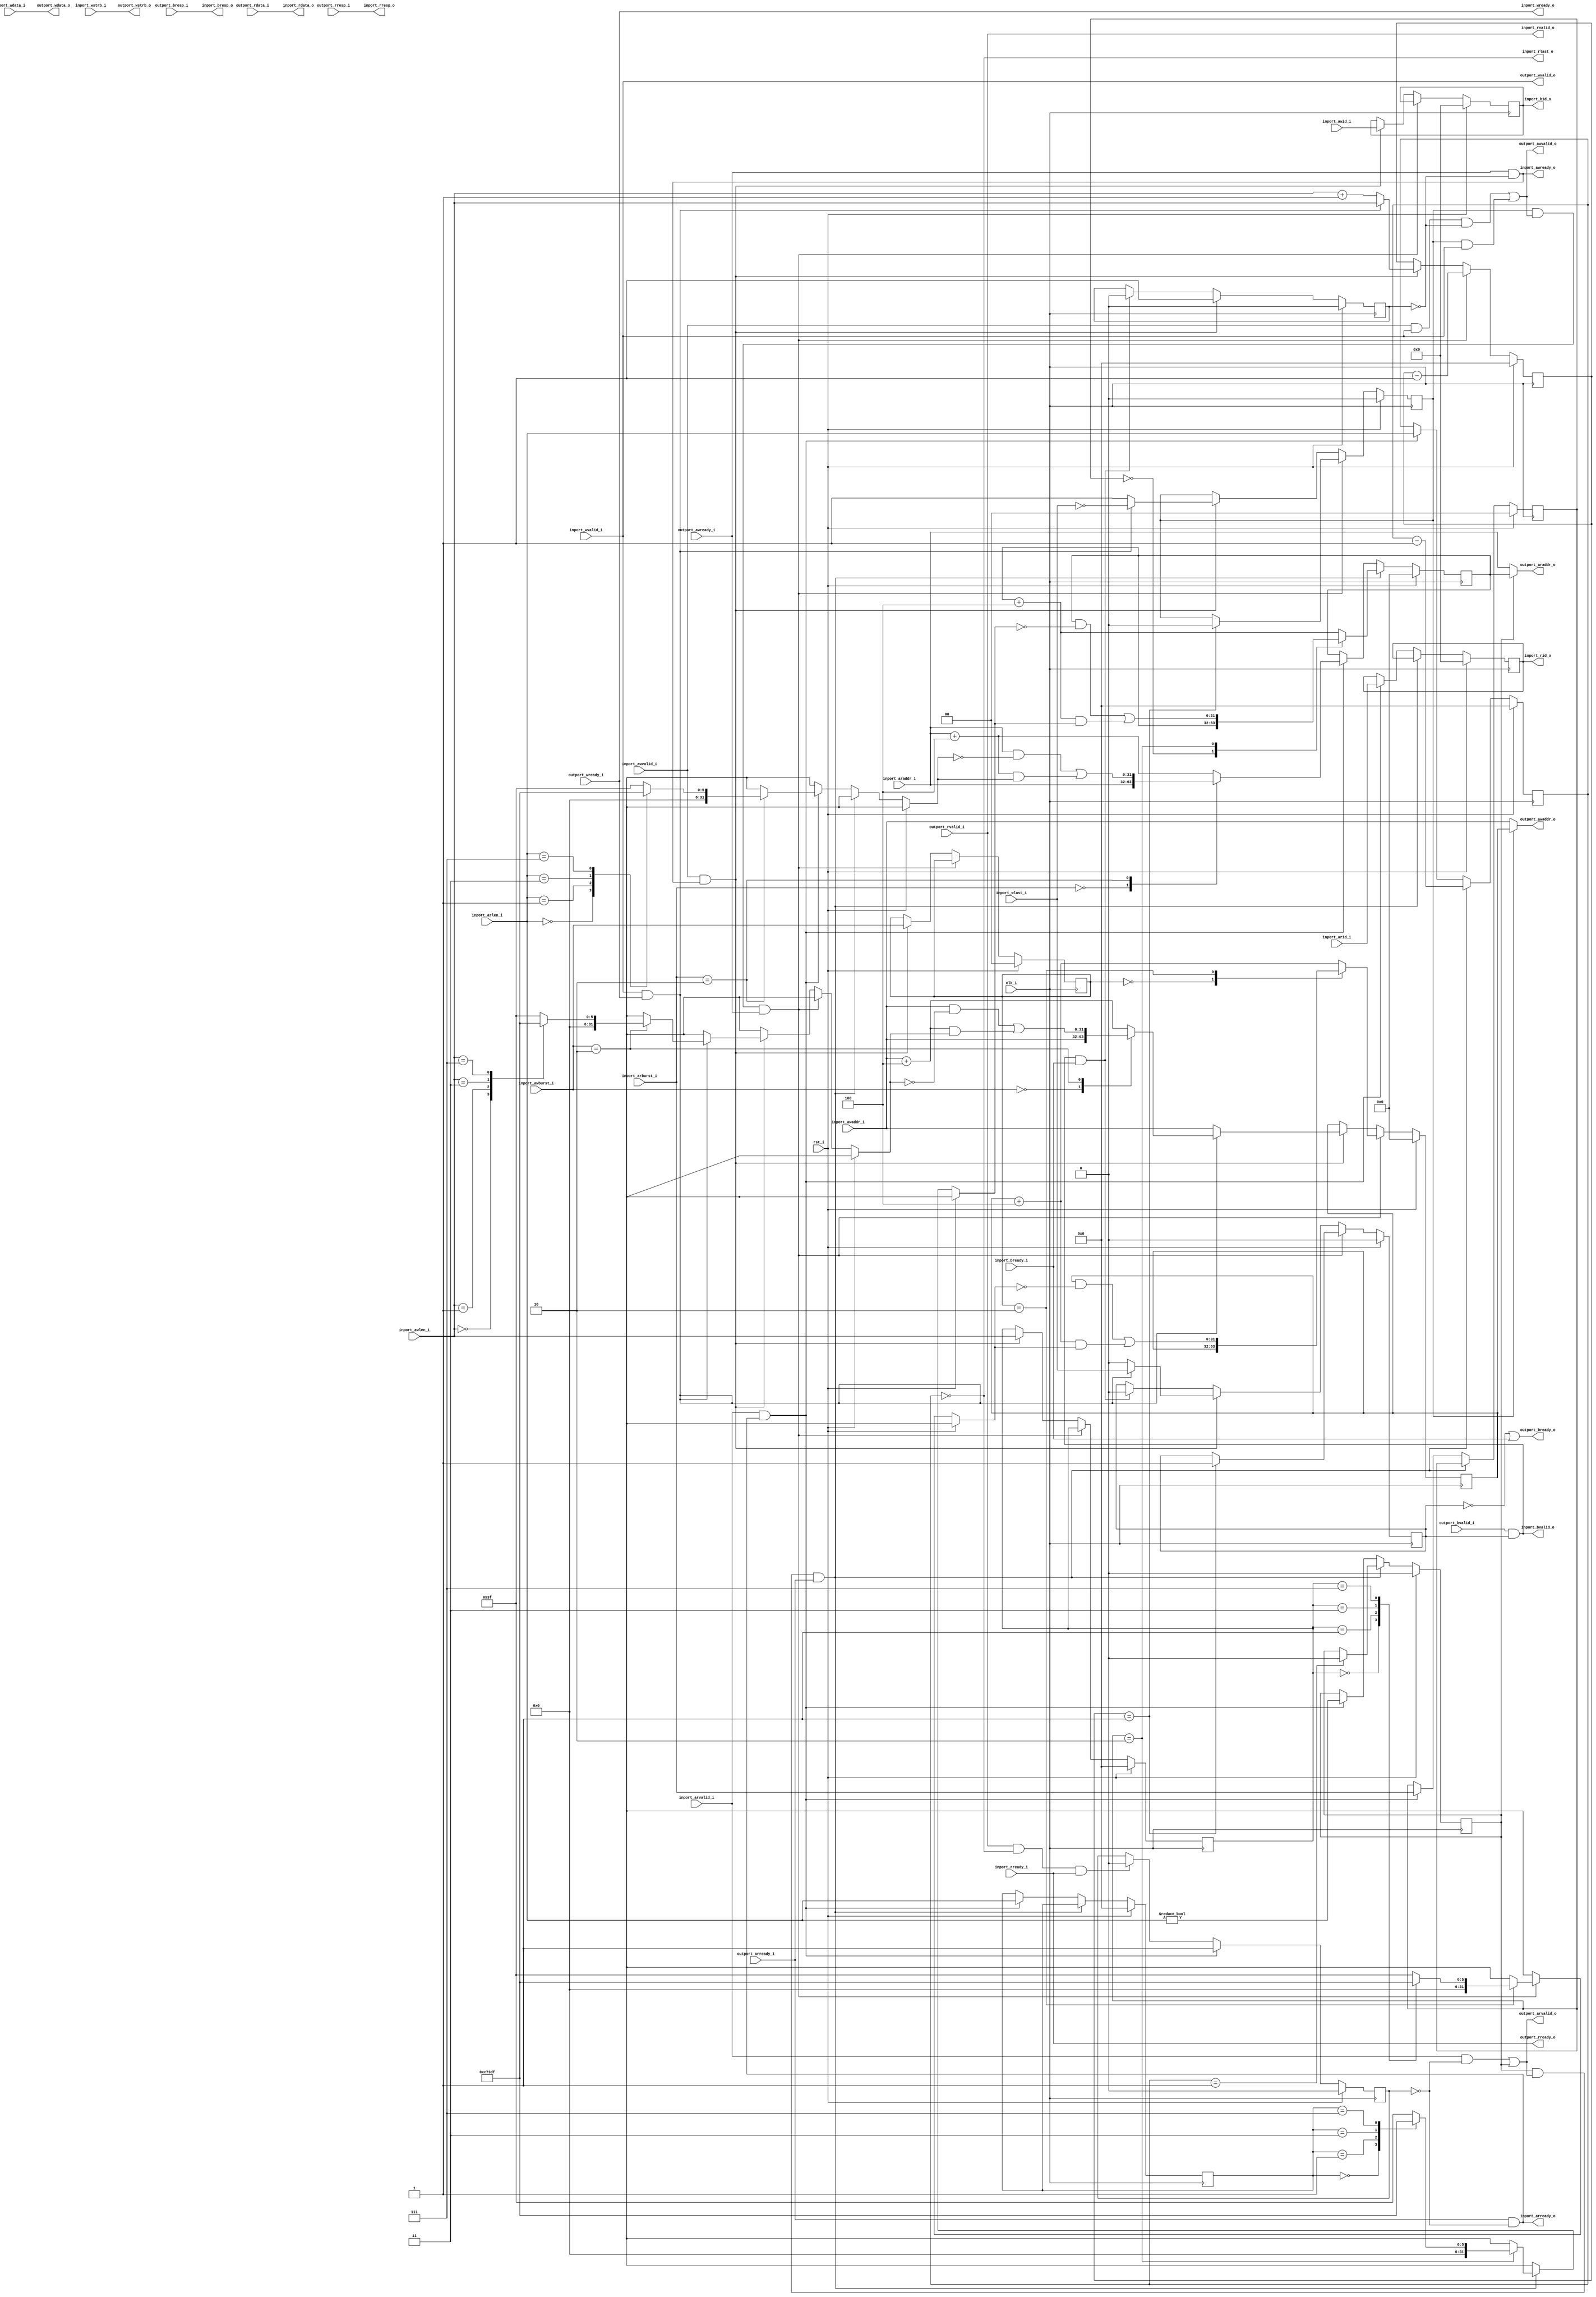
//-----------------------------------------------------------------
//                        FPGA Test Soc
//                           V0.1
//                     Ultra-Embedded.com
//                       Copyright 2019
//
//
//                         License: GPL
// If you would like a version with a more permissive license for
// use in closed source commercial applications please contact me
// for details.
//-----------------------------------------------------------------
//
// This file is open source HDL; you can redistribute it and/or 
// modify it under the terms of the GNU General Public License as 
// published by the Free Software Foundation; either version 2 of 
// the License, or (at your option) any later version.
//
// This file is distributed in the hope that it will be useful,
// but WITHOUT ANY WARRANTY; without even the implied warranty of
// MERCHANTABILITY or FITNESS FOR A PARTICULAR PURPOSE.  See the
// GNU General Public License for more details.
//
// You should have received a copy of the GNU General Public 
// License along with this file; if not, write to the Free Software
// Foundation, Inc., 59 Temple Place, Suite 330, Boston, MA 02111-1307
// USA
//-----------------------------------------------------------------

//-----------------------------------------------------------------
//                          Generated File
//-----------------------------------------------------------------

module axi4_axi4lite_conv
(
    // Inputs
     input           clk_i
    ,input           rst_i
    ,input           inport_awvalid_i
    ,input  [ 31:0]  inport_awaddr_i
    ,input  [  3:0]  inport_awid_i
    ,input  [  7:0]  inport_awlen_i
    ,input  [  1:0]  inport_awburst_i
    ,input           inport_wvalid_i
    ,input  [ 31:0]  inport_wdata_i
    ,input  [  3:0]  inport_wstrb_i
    ,input           inport_wlast_i
    ,input           inport_bready_i
    ,input           inport_arvalid_i
    ,input  [ 31:0]  inport_araddr_i
    ,input  [  3:0]  inport_arid_i
    ,input  [  7:0]  inport_arlen_i
    ,input  [  1:0]  inport_arburst_i
    ,input           inport_rready_i
    ,input           outport_awready_i
    ,input           outport_wready_i
    ,input           outport_bvalid_i
    ,input  [  1:0]  outport_bresp_i
    ,input           outport_arready_i
    ,input           outport_rvalid_i
    ,input  [ 31:0]  outport_rdata_i
    ,input  [  1:0]  outport_rresp_i

    // Outputs
    ,output          inport_awready_o
    ,output          inport_wready_o
    ,output          inport_bvalid_o
    ,output [  1:0]  inport_bresp_o
    ,output [  3:0]  inport_bid_o
    ,output          inport_arready_o
    ,output          inport_rvalid_o
    ,output [ 31:0]  inport_rdata_o
    ,output [  1:0]  inport_rresp_o
    ,output [  3:0]  inport_rid_o
    ,output          inport_rlast_o
    ,output          outport_awvalid_o
    ,output [ 31:0]  outport_awaddr_o
    ,output          outport_wvalid_o
    ,output [ 31:0]  outport_wdata_o
    ,output [  3:0]  outport_wstrb_o
    ,output          outport_bready_o
    ,output          outport_arvalid_o
    ,output [ 31:0]  outport_araddr_o
    ,output          outport_rready_o
);



//-----------------------------------------------------------------
// calculate_addr_next: AXI address calculation logic
//-----------------------------------------------------------------
function [31:0] calculate_addr_next;
    input  [31:0] addr;
    input  [1:0]  axtype;
    input  [7:0]  axlen;
    reg    [31:0] mask;
begin

    case (axtype)
    2'd0: // AXI4_BURST_FIXED
    begin
        calculate_addr_next = addr;
    end
    2'd2: // AXI4_BURST_WRAP
    begin
        case (axlen)
        8'd0:    mask = 32'h03;
        8'd1:    mask = 32'h07;
        8'd3:    mask = 32'h0F;
        8'd7:    mask = 32'h1F;
        8'd15:   mask = 32'h3F;
        default: mask = 32'h3F;
        endcase

        calculate_addr_next = (addr & ~mask) | ((addr + 32'd4) & mask);
    end
    default: // AXI4_BURST_INCR
        calculate_addr_next = addr + 32'd4;
    endcase
end
endfunction

//-----------------------------------------------------------------
// AXI logic
//-----------------------------------------------------------------
reg awvalid_mask_q;
reg wvalid_mask_q;
reg arvalid_mask_q;

reg awvalid_mask_r;
reg wvalid_mask_r;
reg arvalid_mask_r;
always @ *
begin
    awvalid_mask_r = awvalid_mask_q;
    wvalid_mask_r  = wvalid_mask_q;
    arvalid_mask_r = arvalid_mask_q;

    // (last) Write response provided to input port
    if (inport_bvalid_o && inport_bready_i)
    begin
        awvalid_mask_r = 1'b0;
        wvalid_mask_r  = 1'b0;
    end

    // Write address accept
    if (inport_awvalid_i && inport_awready_o)
        awvalid_mask_r = 1'b1;

    // Write data accept
    if (inport_wvalid_i && inport_wready_o)
        wvalid_mask_r = 1'b1;

    // (last) Read response provided to input port
    if (inport_rvalid_o && inport_rlast_o && inport_rready_i)
        arvalid_mask_r = 1'b0;

    // Read address accept
    if (inport_arvalid_i && inport_arready_o)
        arvalid_mask_r = 1'b1;
end

always @ (posedge clk_i )
if (rst_i)
begin
    awvalid_mask_q <= 1'b0;
    wvalid_mask_q  <= 1'b0;
    arvalid_mask_q <= 1'b0;
end
else
begin
    awvalid_mask_q <= awvalid_mask_r;
    wvalid_mask_q  <= wvalid_mask_r;
    arvalid_mask_q <= arvalid_mask_r;
end

reg        arvalid_q;
reg [31:0] araddr_q;
reg [7:0]  arcnt_q;
reg [3:0]  arid_q;
reg [7:0]  arlen_q;
reg [1:0]  arburst_q;

always @ (posedge clk_i )
if (rst_i)
begin
    arcnt_q    <= 8'b0;
    araddr_q   <= 32'd0;
    arvalid_q  <= 1'b0;
    arid_q     <= 4'b0;
    arlen_q    <= 8'b0;
    arburst_q  <= 2'b0;
end
else 
begin
    // AXI4-L request accept (or burst continuation)
    if (arvalid_q && outport_arvalid_o && outport_arready_i)
    begin
        araddr_q   <= calculate_addr_next(araddr_q, arburst_q, arlen_q);

        // Last tick in the burst
        if (arcnt_q == 8'd1)
            arvalid_q <= 1'b0;
            
        arcnt_q <= arcnt_q - 8'd1; 
    end
    // Read command accepted
    else if (inport_arvalid_i && inport_arready_o)
    begin
        arvalid_q  <= (inport_arlen_i != 8'b0);
        arcnt_q    <= inport_arlen_i;
        arlen_q    <= inport_arlen_i;
        arburst_q  <= inport_arburst_i;
        araddr_q   <= calculate_addr_next(inport_araddr_i, inport_arburst_i, inport_arlen_i);
        arid_q     <= inport_arid_i;
    end
end

reg        awvalid_q;
reg [31:0] awaddr_q;
reg [7:0]  awcnt_q;
reg [3:0]  awid_q;
reg [7:0]  awlen_q;
reg [1:0]  awburst_q;
reg        blast_q;

always @ (posedge clk_i )
if (rst_i)
begin
    awcnt_q    <= 8'b0;
    awaddr_q   <= 32'd0;
    awvalid_q  <= 1'b0;
    awid_q     <= 4'b0;
    awlen_q    <= 8'b0;
    awburst_q  <= 2'b0;
    blast_q    <= 1'b0;
end
else
begin
    // AXI4-L request accept (or burst continuation)
    // NOTE: This won't be presented until write data ready...
    if (awvalid_q && outport_awvalid_o && outport_awready_i)
    begin
        awaddr_q   <= calculate_addr_next(awaddr_q, awburst_q, awlen_q);

        // Last tick in the burst
        if (awcnt_q == 8'd1)
        begin
            awvalid_q <= 1'b0;
            blast_q   <= 1'b1;
        end
            
        awcnt_q <= awcnt_q - 8'd1; 
    end
    // Write command accepted
    else if (inport_awvalid_i && inport_awready_o)
    begin
        awid_q   <= inport_awid_i;

        // Data ready?
        if (inport_wvalid_i && inport_wready_o)
        begin
            awvalid_q  <= !inport_wlast_i;
            awcnt_q    <= inport_awlen_i;
            awaddr_q   <= calculate_addr_next(inport_awaddr_i, inport_awburst_i, inport_awlen_i);
            awlen_q    <= inport_awlen_i;
            awburst_q  <= inport_awburst_i;
            blast_q    <= inport_wlast_i;
        end
        // Data not ready
        else
        begin
            awvalid_q  <= 1'b1;
            awcnt_q    <= inport_awlen_i + 8'd1;
            awaddr_q   <= inport_awaddr_i;
            awlen_q    <= inport_awlen_i;
            awburst_q  <= inport_awburst_i;
            blast_q    <= 1'b0;
        end
    end
    // Reset last write response when accepted by input
    else if (inport_bvalid_o && inport_bready_i)
        blast_q <= 1'b0;
end

// NOTE: This IP expects AWREADY and WREADY to follow each other....
always @ (posedge clk_i )
if (rst_i)
begin
end
else if (outport_awvalid_o || outport_wvalid_o)
begin
    if (outport_awready_i != outport_wready_i)
    begin
        $display("ERROR: Unexpected flow control signals...");
    end
end

// Output port
assign outport_awvalid_o  = (inport_awvalid_i & inport_wvalid_i & !awvalid_mask_q) | (awvalid_q & inport_wvalid_i);
assign outport_awaddr_o   = awvalid_q ? awaddr_q : inport_awaddr_i;
assign outport_wvalid_o   = inport_wvalid_i;
assign outport_wdata_o    = inport_wdata_i;
assign outport_wstrb_o    = inport_wstrb_i;

assign outport_arvalid_o  = (inport_arvalid_i & !arvalid_mask_q) | arvalid_q;
assign outport_araddr_o   = arvalid_q ? araddr_q : inport_araddr_i;
assign outport_rready_o   = inport_rready_i;

assign inport_rvalid_o    = outport_rvalid_i;
assign inport_rdata_o     = outport_rdata_i;
assign inport_rid_o       = arid_q;
assign inport_rlast_o     = (arcnt_q == 8'd0);
assign inport_rresp_o     = outport_rresp_i;

assign inport_bvalid_o    = outport_bvalid_i & blast_q;
assign inport_bresp_o     = outport_bresp_i;
assign inport_bid_o       = awid_q;

assign outport_rready_o   = inport_rready_i;
assign outport_bready_o   = !blast_q || inport_bready_i;

// Handshaking
assign inport_awready_o = (outport_awready_i & !awvalid_mask_q);
assign inport_wready_o  = outport_wready_i;
assign inport_arready_o = (outport_arready_i & !arvalid_mask_q);



endmodule